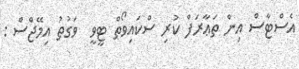
އެސްޓާސް އިން ތަޢާރަފް ކުރި ސްކައިވޯތް ޓީވީ  ވަގުތު އިމޭޖްސް :